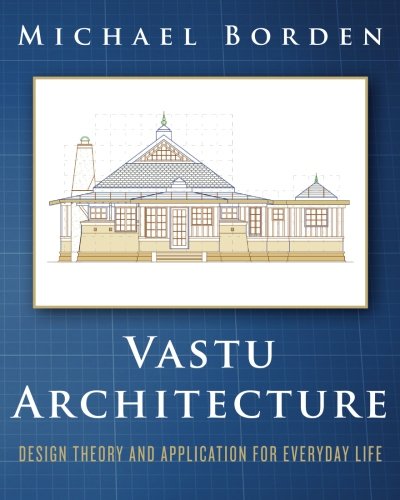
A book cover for Vastu Architecture: Design Theory and Application for Everyday Life; Michael Borden; Arts & Photography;